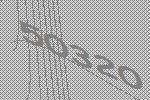
50320